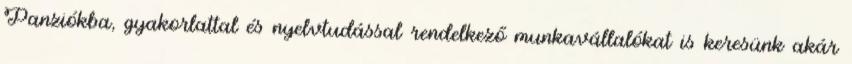
Panziókba, gyakorlattal és nyelvtudással rendelkező munkavállalókat is keresünk akár